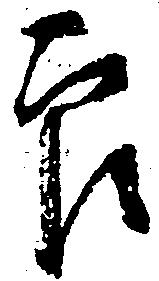
官